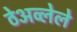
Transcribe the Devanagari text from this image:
ठेअव्लेले